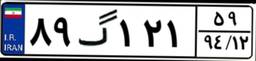
۸۹گ۱۲۱۵۹